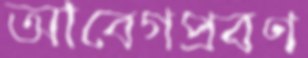
আবেগপ্রবণ